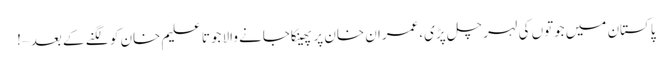
پاکستان میں جوتوں کی لہر چل پڑی،عمران خان پر پھینکاجانے والا جوتا علیم خان کو لگنے کے بعد – !